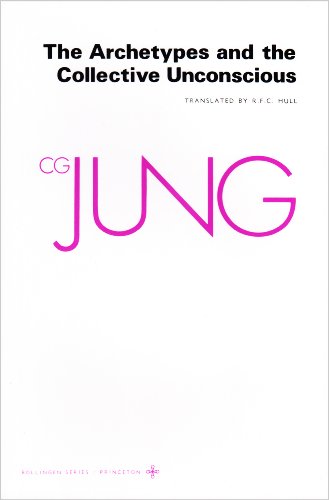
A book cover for The Archetypes and The Collective Unconscious (Collected Works of C.G. Jung Vol.9 Part 1); C. G. Jung; Medical Books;